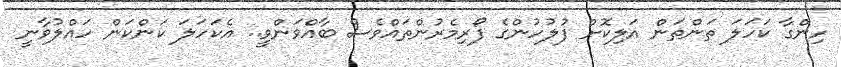
ހިންގާ ކަހަލަ ތަންތަން އަލިކޮށް ފުލުހުންގެ ފޯރިމެރުންތައްވެސް ބާއްވަންވީ.. އެކަހަލަ ކަންކަން ހައްލުވާނީ